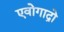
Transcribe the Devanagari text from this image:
एवोगाद्रो